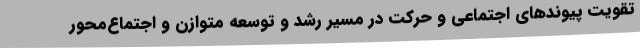
تقویت پیوندهای اجتماعی و حرکت در مسیر رشد و توسعه متوازن و اجتماع‌محور